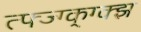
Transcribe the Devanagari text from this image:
त्फ्ज्ग्क्ग्क्झ